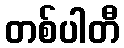
တစ်ပါတီ